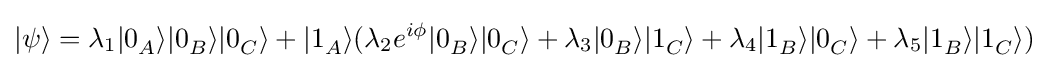
|\psi \rangle =\lambda _{1}|0_{A}^{}\rangle |0_{B}^{}\rangle |0_{C}^{}\rangle +|1_{A}^{}\rangle (\lambda _{2}e^{i\phi }|0_{B}^{}\rangle |0_{C}^{}\rangle +\lambda _{3}|0_{B}^{}\rangle |1_{C}^{}\rangle +\lambda _{4}|1_{B}^{}\rangle |0_{C}^{}\rangle +\lambda _{5}|1_{B}^{}\rangle |1_{C}^{}\rangle )